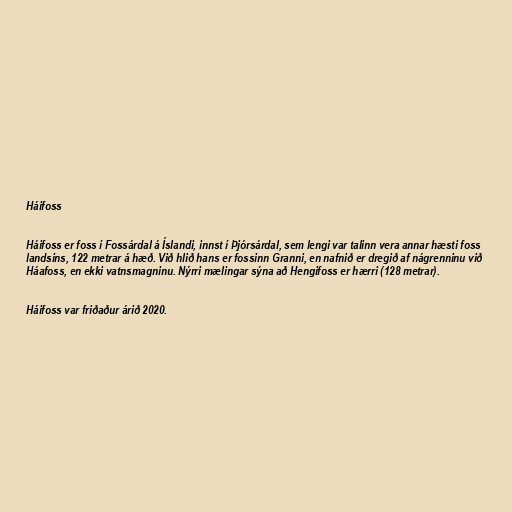
Háifoss

Háifoss er foss í Fossárdal á Íslandi, innst í Þjórsárdal, sem lengi var talinn vera annar hæsti foss
landsins, 122 metrar á hæð. Við hlið hans er fossinn Granni, en nafnið er dregið af nágrenninu við
Háafoss, en ekki vatnsmagninu. Nýrri mælingar sýna að Hengifoss er hærri (128 metrar).

Háifoss var friðaður árið 2020.